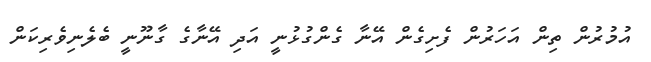
އުމުރުން ތިން އަހަރުން ފެށިގެން އޭނާ ގެންގުޅުނީ އަދި އޭނާގެ ގާނޫނީ ބެލެނިވެރިކަން